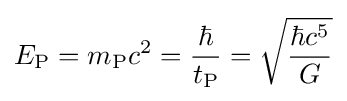
E_{\text{P}}=m_{\text{P}}c^{2}={\frac {\hbar }{t_{\text{P}}}}={\sqrt {\frac {\hbar c^{5}}{G}}}